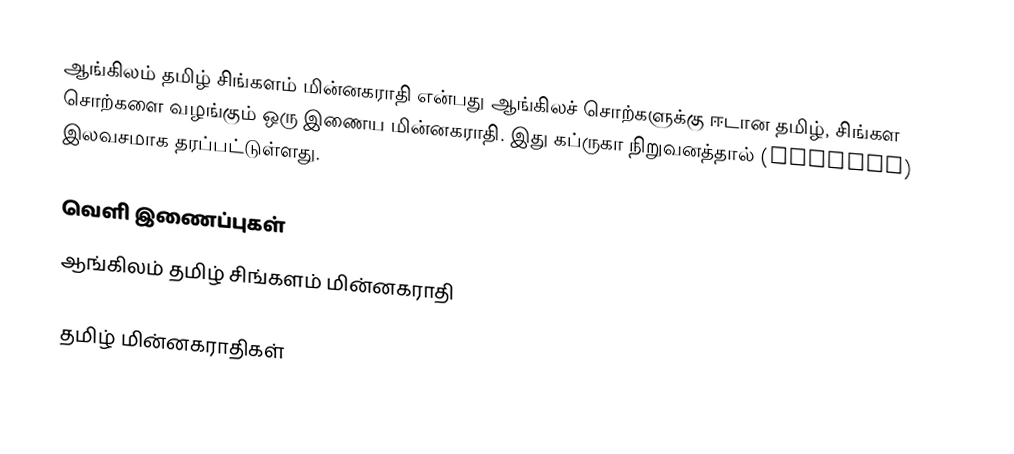
ஆங்கிலம் தமிழ் சிங்களம் மின்னகராதி என்பது ஆங்கிலச் சொற்களுக்கு ஈடான தமிழ், சிங்கள சொற்களை வழங்கும் ஒரு இணைய மின்னகராதி. இது கப்ருகா நிறுவனத்தால் (kapruka) இலவசமாக தரப்பட்டுள்ளது.

வெளி இணைப்புகள்
 ஆங்கிலம் தமிழ் சிங்களம் மின்னகராதி

தமிழ் மின்னகராதிகள்